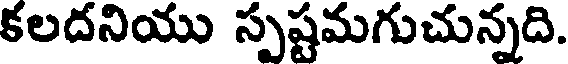
కలదనియు స్పష్టమగుచున్నది.